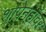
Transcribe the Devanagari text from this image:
शोपेनहॉवर